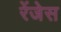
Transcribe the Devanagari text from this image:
रेंजेस